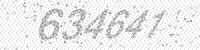
Solution: 634641